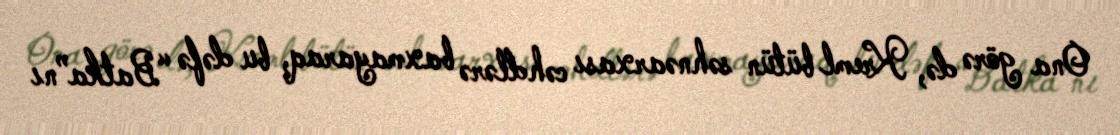
Ona görə də, Kreml bütün səhnəarxası cəhdlərə baxmayaraq, bu dəfə “Batka”nı